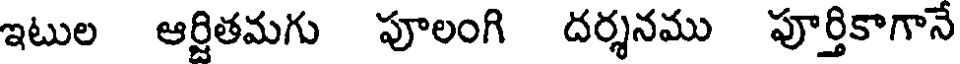
ఇటుల ఆర్జితమగు పూలంగి దర్శనము పూర్తికాగానే